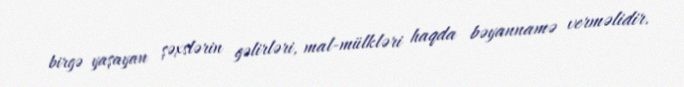
birgə yaşayan şəxslərin gəlirləri, mal-mülkləri haqda bəyannamə verməlidir.